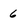
Character: 6